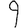
Digit: 9